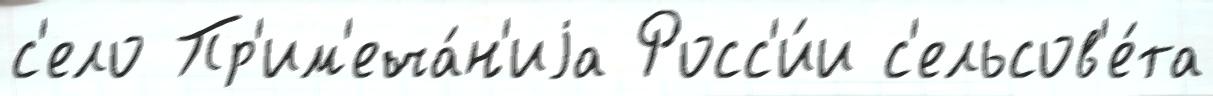
с'ело Пр'им'еча́н'иjа Росс'и́и с'ельсов'е́та